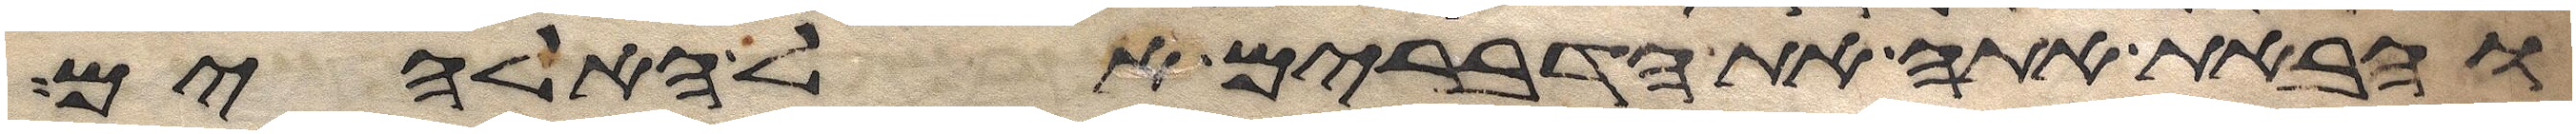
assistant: והבאת אתה את הדברים אל האלהים